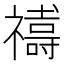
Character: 𮂞